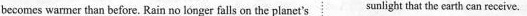
becomes warmer than before. Rain no longer falls on the planet's sunlight that the carth can receive.